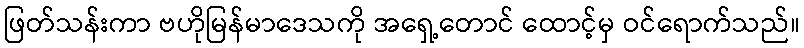
ဖြတ်သန်းကာ ဗဟိုမြန်မာဒေသကို အရှေ့တောင် ထောင့်မှ ဝင်ရောက်သည်။